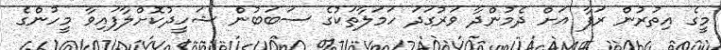
މީގެ އިތުރުން ރަފާ އަށް ދެމުންދާ ވަރުގަދަ ހަމަލާތަކުގެ ސަބަބުން ޝަހީދުކޮށްލާފައިވާ މީހުންގެ